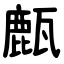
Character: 㼾